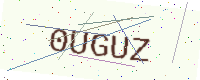
Text: 0UGUZ